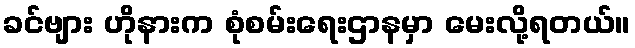
ခင်ဗျား ဟိုနားက စုံစမ်းရေးဌာနမှာ မေးလို့ရတယ်။